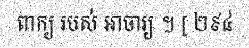
ពាក្យ របស់ អាចារ្យ ។ [ ២៩៤